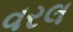
વરલ